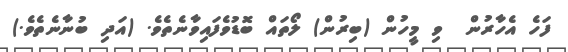
ފަހެ އެހާރުން  ވި މީހުން (ބިރުން) ލޯތައް ބޮޑުވެފައިވާނެތެވެ. (އަދި ބުނާނެތެވެ.)